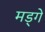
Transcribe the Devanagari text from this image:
मड्गे